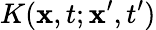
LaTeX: K(\mathbf{x},t;\mathbf{x}^{\prime},t^{\prime})